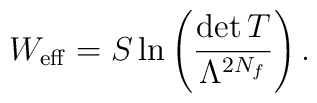
W_{\rm eff}=S \ln\left(\frac{	\det T}{	\Lambda^{2N_f}}\right).